Indian journal of veterinary science and animal husbandry - Volumes 22-23, 1952-1953
Year: 1952
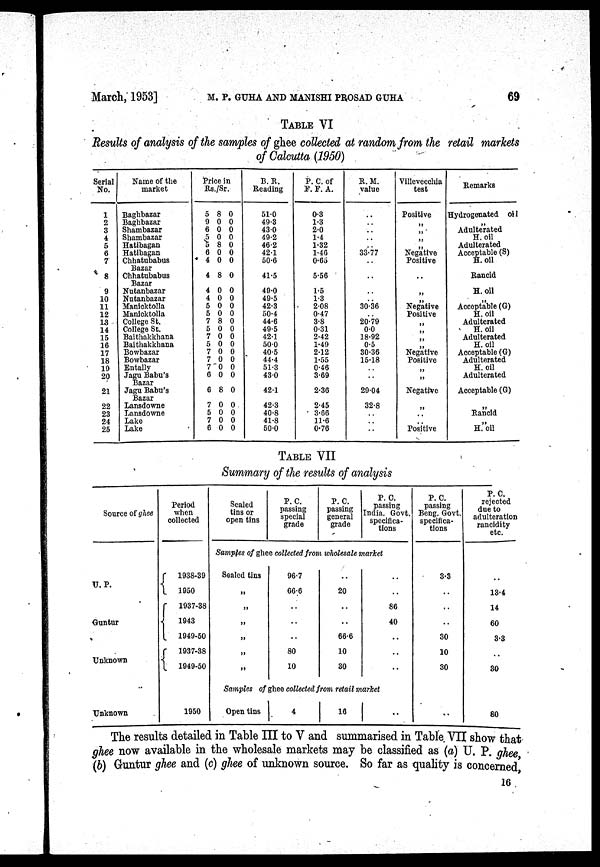
March, 1953]
M.
P.
GUHA
AND
MANISHI
PROSAD
GUHA
69
TABLE VI
Results of analysis of the samples of ghee collected at random from the retail markets
of Calcutta (1950)
Serial
No.
1
2
3
4
5
6
7
8
9
10
11
12
13
14
15
16
17
18
19
20
21
22
23
24
25
Name of the
market
Baghbazar
Baghbazar
Shambazar
Shambazar
Hatibagan
Hatibagan
Chhatubabus
Bazar
Chhatubabus
Bazar
Nutanbazar
Nutanbazar
Manicktolla
Manicktolla
College St.
College St.
Baithakkhana
Baithakkhana
Bowbazar
Bowbazar
Entally
Jagu Babu's
Bazar
Jagu Babu's
Bazar
Lansdowne
Lansdowne
Lake
Lake
Price in
Rs./Sr.
5 8 0
9 0 0
6 0 0
5 0 0
5 8 0
6 0 0
4 0 0
4 8 0
4 0 0
4 0 0
5 0 0
5 0 0
7 8 0
5 0 0
7 0 0
5 0 0
7 0 0
7 0 0
7 0 0
6 0 0
6 8 0
7 0 0
5 0 0
7 0 0
6 0 0
B. R.
Reading
51.0
49.3
43.0
49.2
46.2
42.1
50.6
41.5
49.0
49.5
42.3
50.4
44.6
49.5
42.1
50.0
40.5
44.4
51.3
43.0
42.1
42.3
40.8
41.8
50.0
P. C. of
F. F. A.
0.3
1.3
2.0
1.4
1.32
1.46
0.65
5.56
1.5
1.3
2.08
0.47
3.8
0.31
2.42
1.49
2.12
1.55
0.46
3.69
2.36
2.45
3.66
11.6
0.76
R.M.
value
..
..
..
..
.. 33.77
..
..
..
.. 30.36
.. 20.79
0.0
18.92
0.5
30.36
15.18
..
..
29.04
32.8
..
..
..
Villevecchia
test
Positive
„
„ „
„
Negative
Positive
..
„
„
Negative
Positive
„
„
„
„ Negative
Positive
„
„
Negative
„
..
.. Positive
Remarks
Hydrogenated oil
„
Adulterated
H. oil
Adulterated
Acceptable (S)
H.oil
Rancid
H.oil
„
Acceptable (G)
H.oil
Adulterated
H. oil
Adulterated
H.oil
Acceptable (G)
Adulterated
H.oil
Adulterated
Acceptable (G)
„
Rancid
„
H.oil
TABLE VII
Summary of the results of analysis
Source of ghee
Period
when
collected
Sealed
tins or
open tins
P. C.
passing
special
grade
P. C.
passing
general
grade
P. C.
passing
India. Govt.
specifica-
tions
P. C.
passing
Beng. Govt.
specifica-
tions
P. C.
rejected
due to
adulteration
rancidity
etc.
Samples of ghee collected from wholesale market
U. P.
Guntur
Unknown
Unknown
1938.39
1950
1937-38
1943
1949-50
1937-38
1949-50
1950
Sealed tins
„
„
„
„
„
„
96.7
66.6
80
10
..
20
..
..
66.6
10
30
..
..
86
40
..
..
..
Samples of ghee collected from retail market
Open tins 4
16
..
3.3
..
..
..
30
10
30
..
..
13.4
14
60
3.3
..
30
80
The results detailed in Table III to V and summarised in Table VII show that
ghee now available in the wholesale markets may be classified as (a) U. P. ghee,
(b) Guntur ghee and (c) ghee of unknown source. So far as quality is concerned,
16